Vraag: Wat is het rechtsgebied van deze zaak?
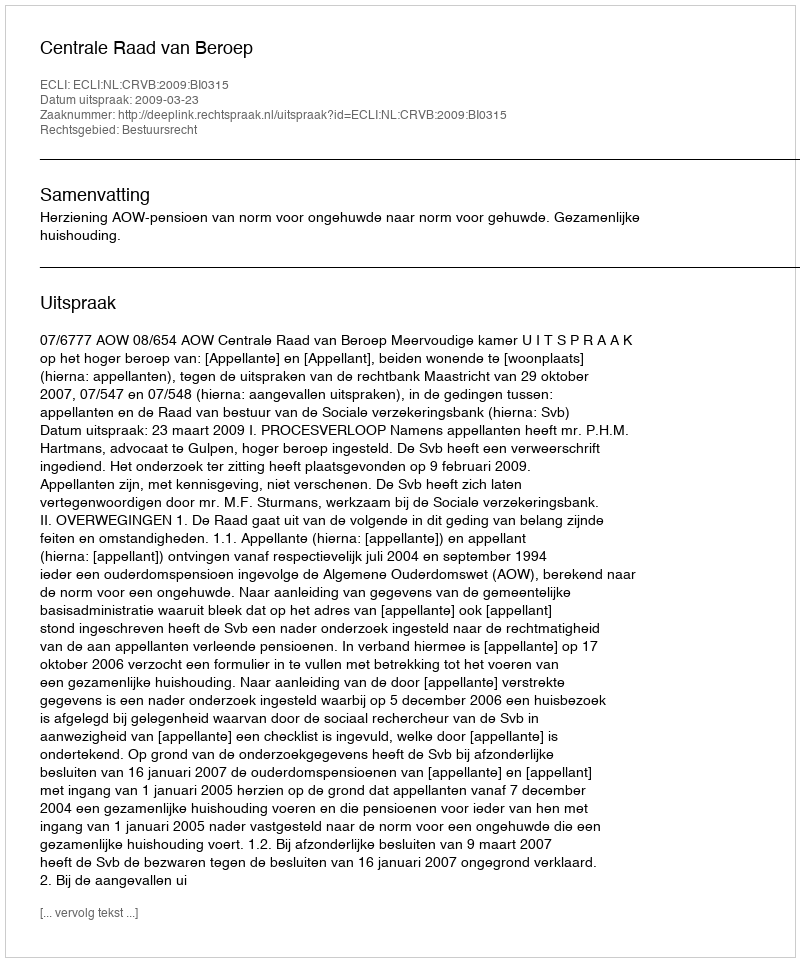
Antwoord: Bestuursrecht